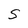
Character: S